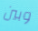
وبين